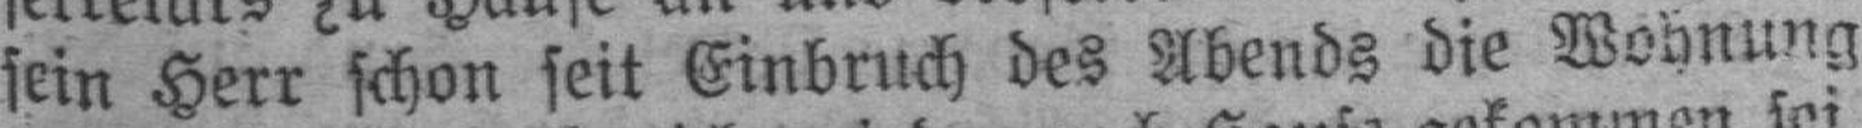
sein Herr schon seit Einbruch des Abends die Wohnung